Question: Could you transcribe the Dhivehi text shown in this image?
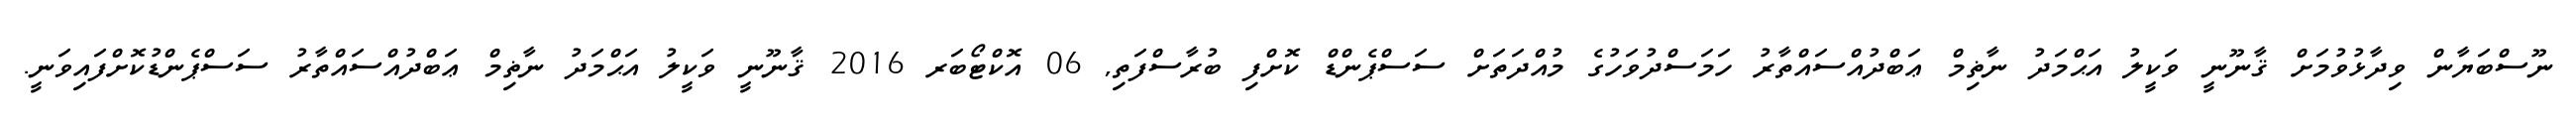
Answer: ނޫސްބަޔާން ވިދާޅުވުމަށް ޤާނޫނީ ވަކީލު އަޙްމަދު ނާޡިމް ޢަބްދުއްސައްތާރު ހަމަސްދުވަހުގެ މުއްދަތަށް ސަސްޕެންޑް ކޮށްފި ބުރާސްފަތި, 06 އޮކްޓޯބަރ 2016 ޤާނޫނީ ވަކީލު އަޙްމަދު ނާޡިމް ޢަބްދުއްސައްތާރު ސަސްޕެންޑުކޮށްފައިވަނީ.